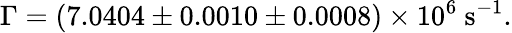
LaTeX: \Gamma=(7.0404\pm 0.0010\pm 0.0008)\times 10^{6}\ \mathrm{s}^{-1}.